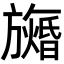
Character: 𬀙